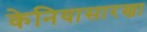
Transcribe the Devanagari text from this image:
केनियासारखा